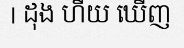
| ដុង ហឺយ ឃើញ